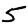
Digit: 5